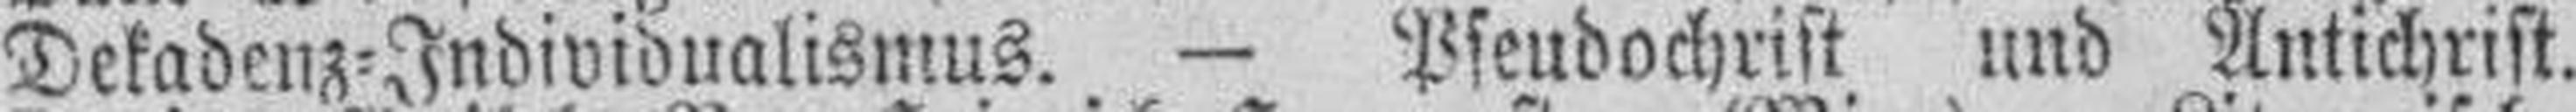
Dekadenz=Individualismus. — Pseudochrist und Antichrist.